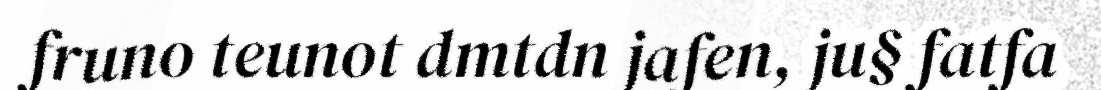
fruno teunot dmtdn jafen, ju§ fatfa